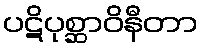
ပဋိပုစ္ဆာဝိနီတာ